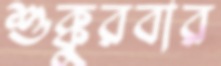
শুক্কুরবার